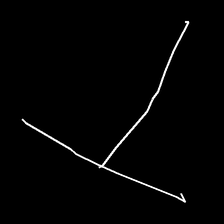
Glyph: column